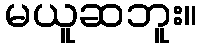
မယူဆဘူး။